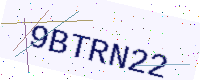
Text: 9BTRN22